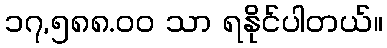
၁၇,၅၈၈.၀၀ သာ ရနိုင်ပါတယ်။